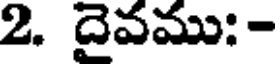
2. దైవము:-